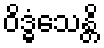
ဝိဒ္ဓံသေန္တိ